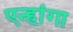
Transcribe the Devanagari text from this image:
एन्हांगा